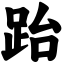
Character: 跆